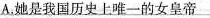
A.她是我国历史上唯一的女皇帝